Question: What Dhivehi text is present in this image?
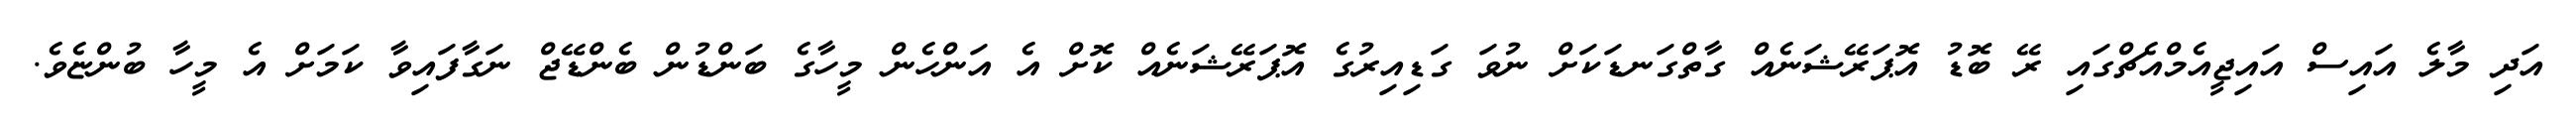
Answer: އަދި މާލެ އައިސް އައިޖީއެމްއެޗްގައި ރޭ ބޮޑު އޮޕަރޭޝަނެއް ގާތްގަނޑަކަށް ނުވަ ގަޑިއިރުގެ އޮޕަރޭޝަނެއް ކޮށް އެ އަންހެން މީހާގެ ބަންޑުން ބެންޑޭޖް ނަގާފައިވާ ކަމަށް އެ މީހާ ބުންޏެވެ.